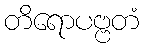
တိရောပဗ္ဗတံ